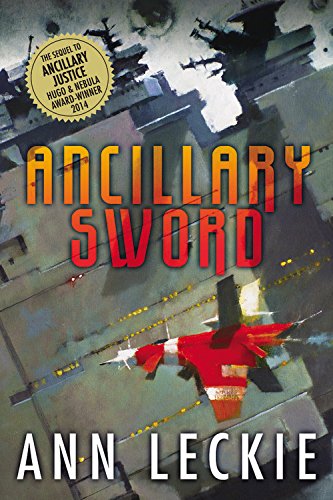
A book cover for Ancillary Sword (Imperial Radch); Ann Leckie; Science Fiction & Fantasy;